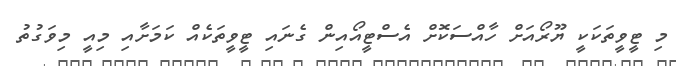
މި ޓީވީތަކަކީ ޔޫރޯއަށް ހާއްސަކޮށް އެސްޓީއޯއިން ގެނައި ޓީވީތަކެއް ކަމަށާއި މިއީ މިވަގުތު